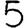
Digit: 5